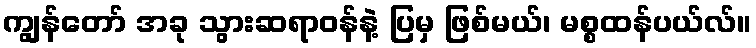
ကျွန်တော် အခု သွားဆရာဝန်နဲ့ ပြမှ ဖြစ်မယ်၊ မစ္စထန်ပယ်လ်။